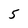
Character: 5